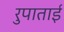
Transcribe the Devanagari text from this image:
रुपाताई